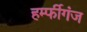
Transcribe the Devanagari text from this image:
हर्म्फीगंज